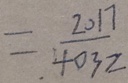
= \frac { 2 0 1 7 } { 4 0 3 2 }